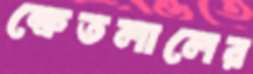
ক্ষেতলালের